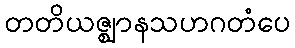
တတိယဇ္ဈာနသဟဂတံပေ